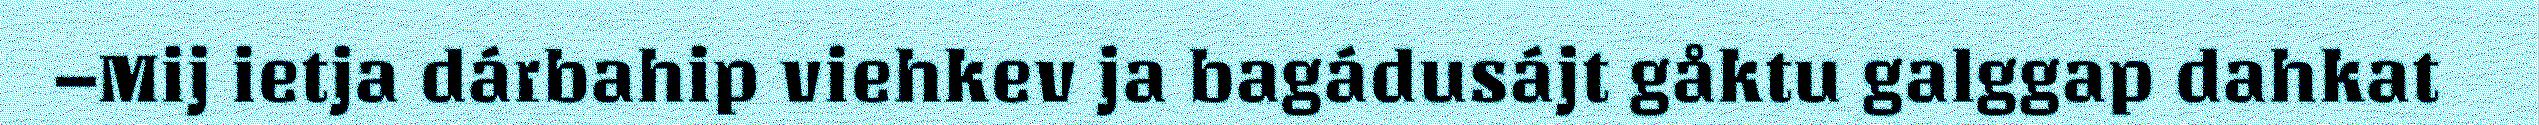
–Mij ietja dárbahip viehkev ja bagádusájt gåktu galggap dahkat